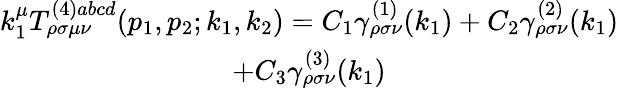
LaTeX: \begin{array}{c}{{k_{1}^{\mu}T_{\rho\sigma\mu\nu}^{(4)abcd}(p_{1},p_{2};k_{1},k_{2})=C_{1}\gamma_{\rho\sigma\nu}^{(1)}(k_{1})+C_{2}\gamma_{\rho\sigma\nu}^{(2)}(k_{1})}}\\ {{+C_{3}\gamma_{\rho\sigma\nu}^{(3)}(k_{1})}}\end{array}